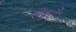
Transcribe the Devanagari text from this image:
सेंटूरौं